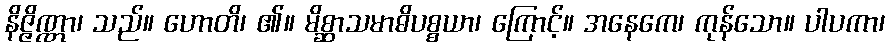
နိဇ္ဇိဏ္ဏာ၊ သည်။ ဟောတိ၊ ၏။ မိစ္ဆာသမာဓိပစ္စယာ၊ ကြောင့်။ အနေကေ၊ ကုန်သော။ ပါပကာ၊